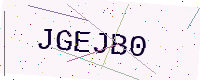
Text: JGEJB0